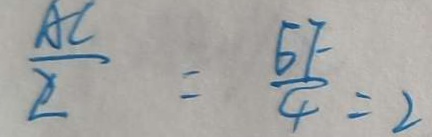
\frac { A C } { 2 } = \frac { E F } { 4 } = 2